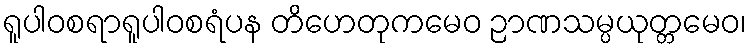
ရူပါဝစရာရူပါဝစရံပန တိဟေတုကမေဝ ဉာဏသမ္ပယုတ္တမေဝ၊